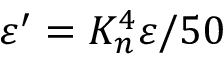
\varepsilon ^ { \prime } = K _ { n } ^ { 4 } \varepsilon / 5 0